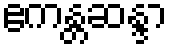
ဧကန္တဆန္ဒာ